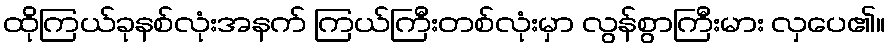
ထိုကြယ်ခုနစ်လုံးအနက် ကြယ်ကြီးတစ်လုံးမှာ လွန်စွာကြီးမား လှပေ၏။